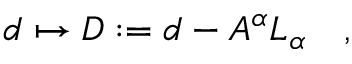
d \mapsto D : = d - A ^ { \alpha } L _ { \alpha } \quad ,